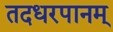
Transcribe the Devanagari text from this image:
तदधरपानम्